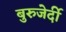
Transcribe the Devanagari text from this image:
बुरुजेर्दी